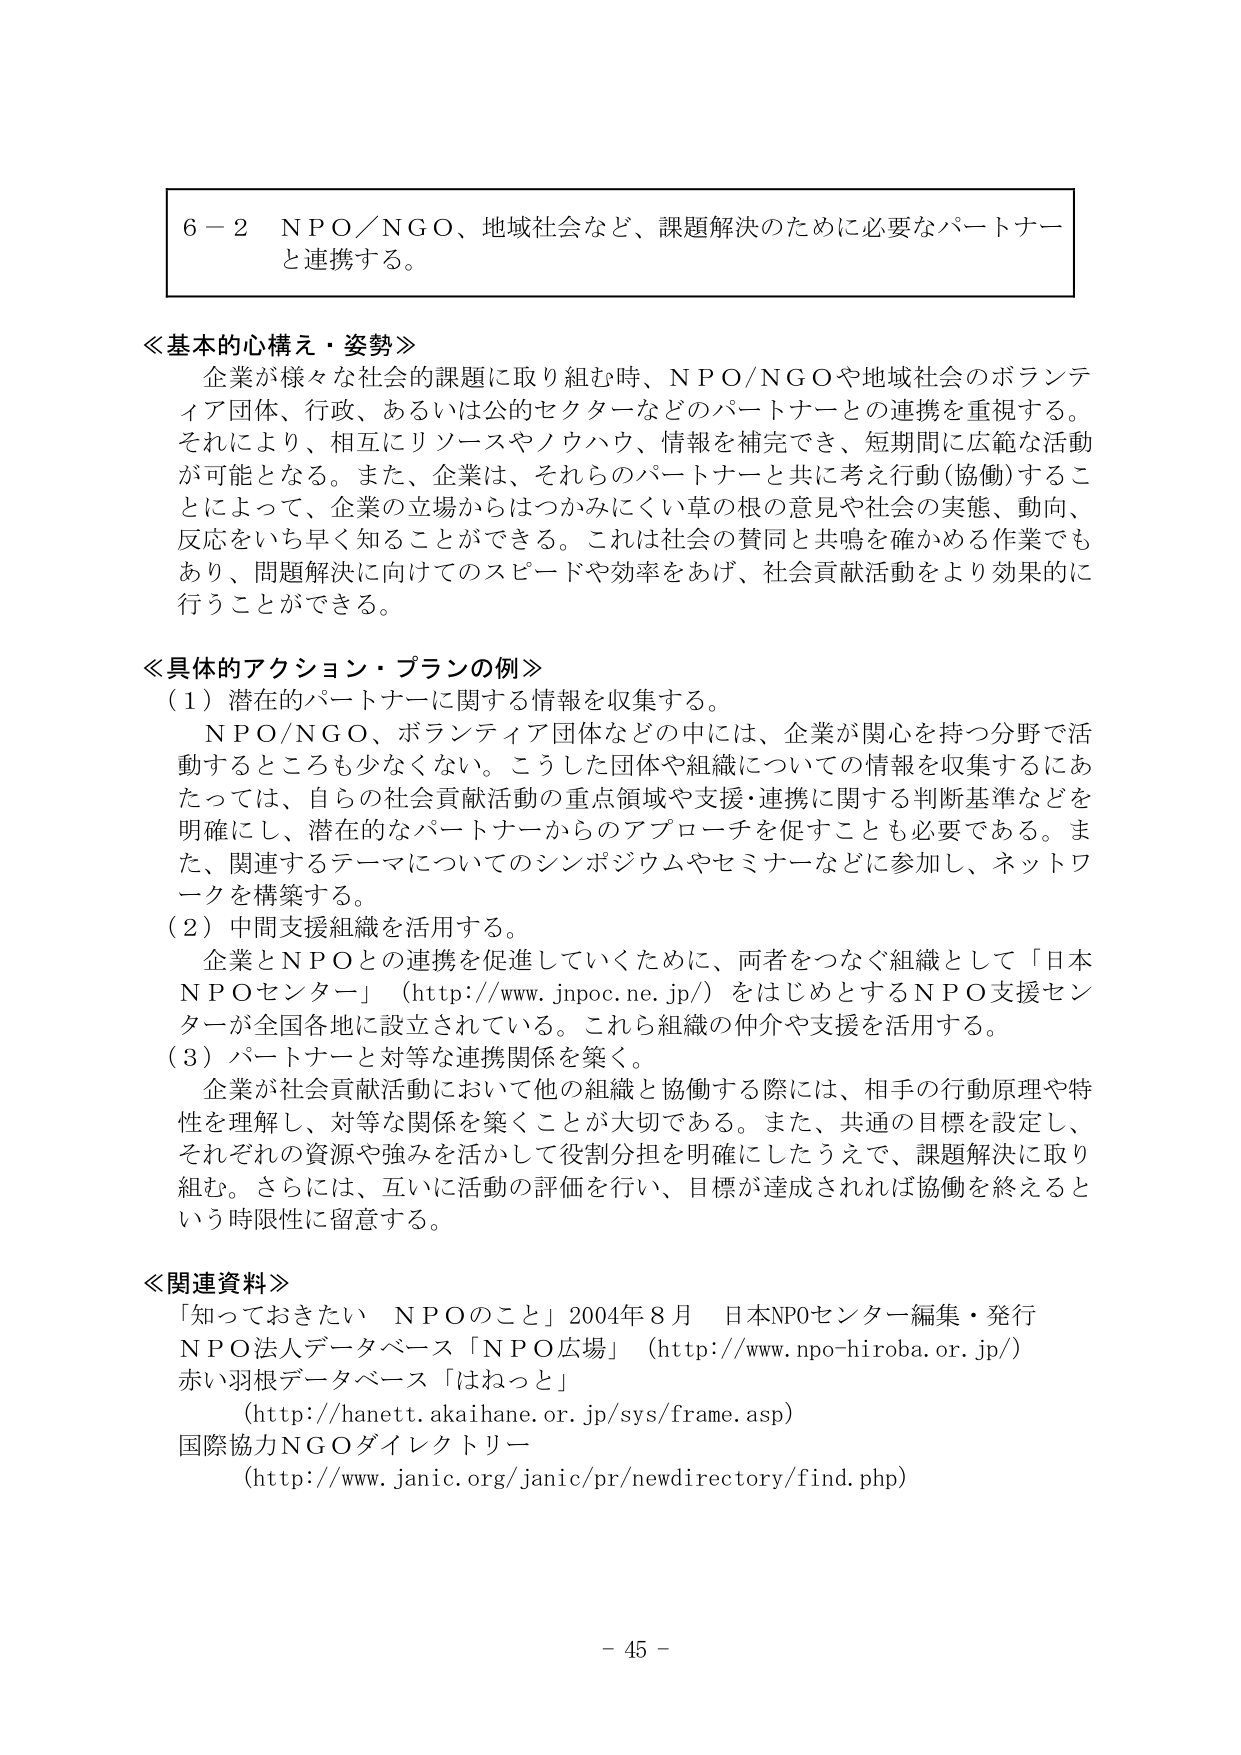
６－２ ＮＰＯ／ＮＧＯ、地域社会など、課題解決のために必要なパートナーと連携する。

≪基本的心構え・姿勢≫
企業が様々な社会的課題に取り組む時、ＮＰＯ／ＮＧＯや地域社会のボランティア団体、行政、あるいは公的セクターなどのパートナーとの連携を重視する。それにより、相互にリソースやノウハウ、情報を補完でき、短期間に広範な活動が可能となる。また、企業は、それらのパートナーと共に考え行動（協働）することによって、企業の立場からはつかみにくい草の根の意見や社会の実態、動向、反応をいち早く知ることができる。これは社会の賛同と共鳴を確かめる作業でもあり、問題解決に向けてのスピードや効率をあげ、社会貢献活動をより効果的に行うことができる。

≪具体的アクション・プランの例≫
（１）潜在的パートナーに関する情報を収集する。
　ＮＰＯ／ＮＧＯ、ボランティア団体などの中には、企業が関心を持つ分野で活動するところも少なくない。こうした団体や組織についての情報を収集するにあたっては、自らの社会貢献活動の重点領域や支援・連携に関する判断基準などを明確にし、潜在的なパートナーからのアプローチを促すことも必要である。また、関連するテーマについてのシンポジウムやセミナーなどに参加し、ネットワークを構築する。
（２）中間支援組織を活用する。
　企業とＮＰＯとの連携を促進していくために、両者をつなぐ組織として「日本ＮＰＯセンター」（http://www.jnpoc.ne.jp/）をはじめとするＮＰＯ支援センターが全国各地に設立されている。これら組織の仲介や支援を活用する。
（３）パートナーと対等な連携関係を築く。
　企業が社会貢献活動において他の組織と協働する際には、相手の行動原理や特性を理解し、対等な関係を築くことが大切である。また、共通の目標を設定し、それぞれの資源や強みを活かして役割分担を明確にしたうえで、課題解決に取り組む。さらには、互いに活動の評価を行い、目標が達成されれば協働を終えるという時限性に留意する。

≪関連資料≫
「知っておきたい ＮＰＯのこと」2004年８月 日本NPOセンター編集・発行
ＮＰＯ法人データベース「ＮＰＯ広場」（http://www.npo-hiroba.or.jp/）
赤い羽根データベース「はねっと」
（http://hanett.akaihane.or.jp/sys/frame.asp）
国際協力ＮＧＯダイレクトリー
（http://www.janic.org/janic/pr/newdirectory/find.php）

－ 45 －